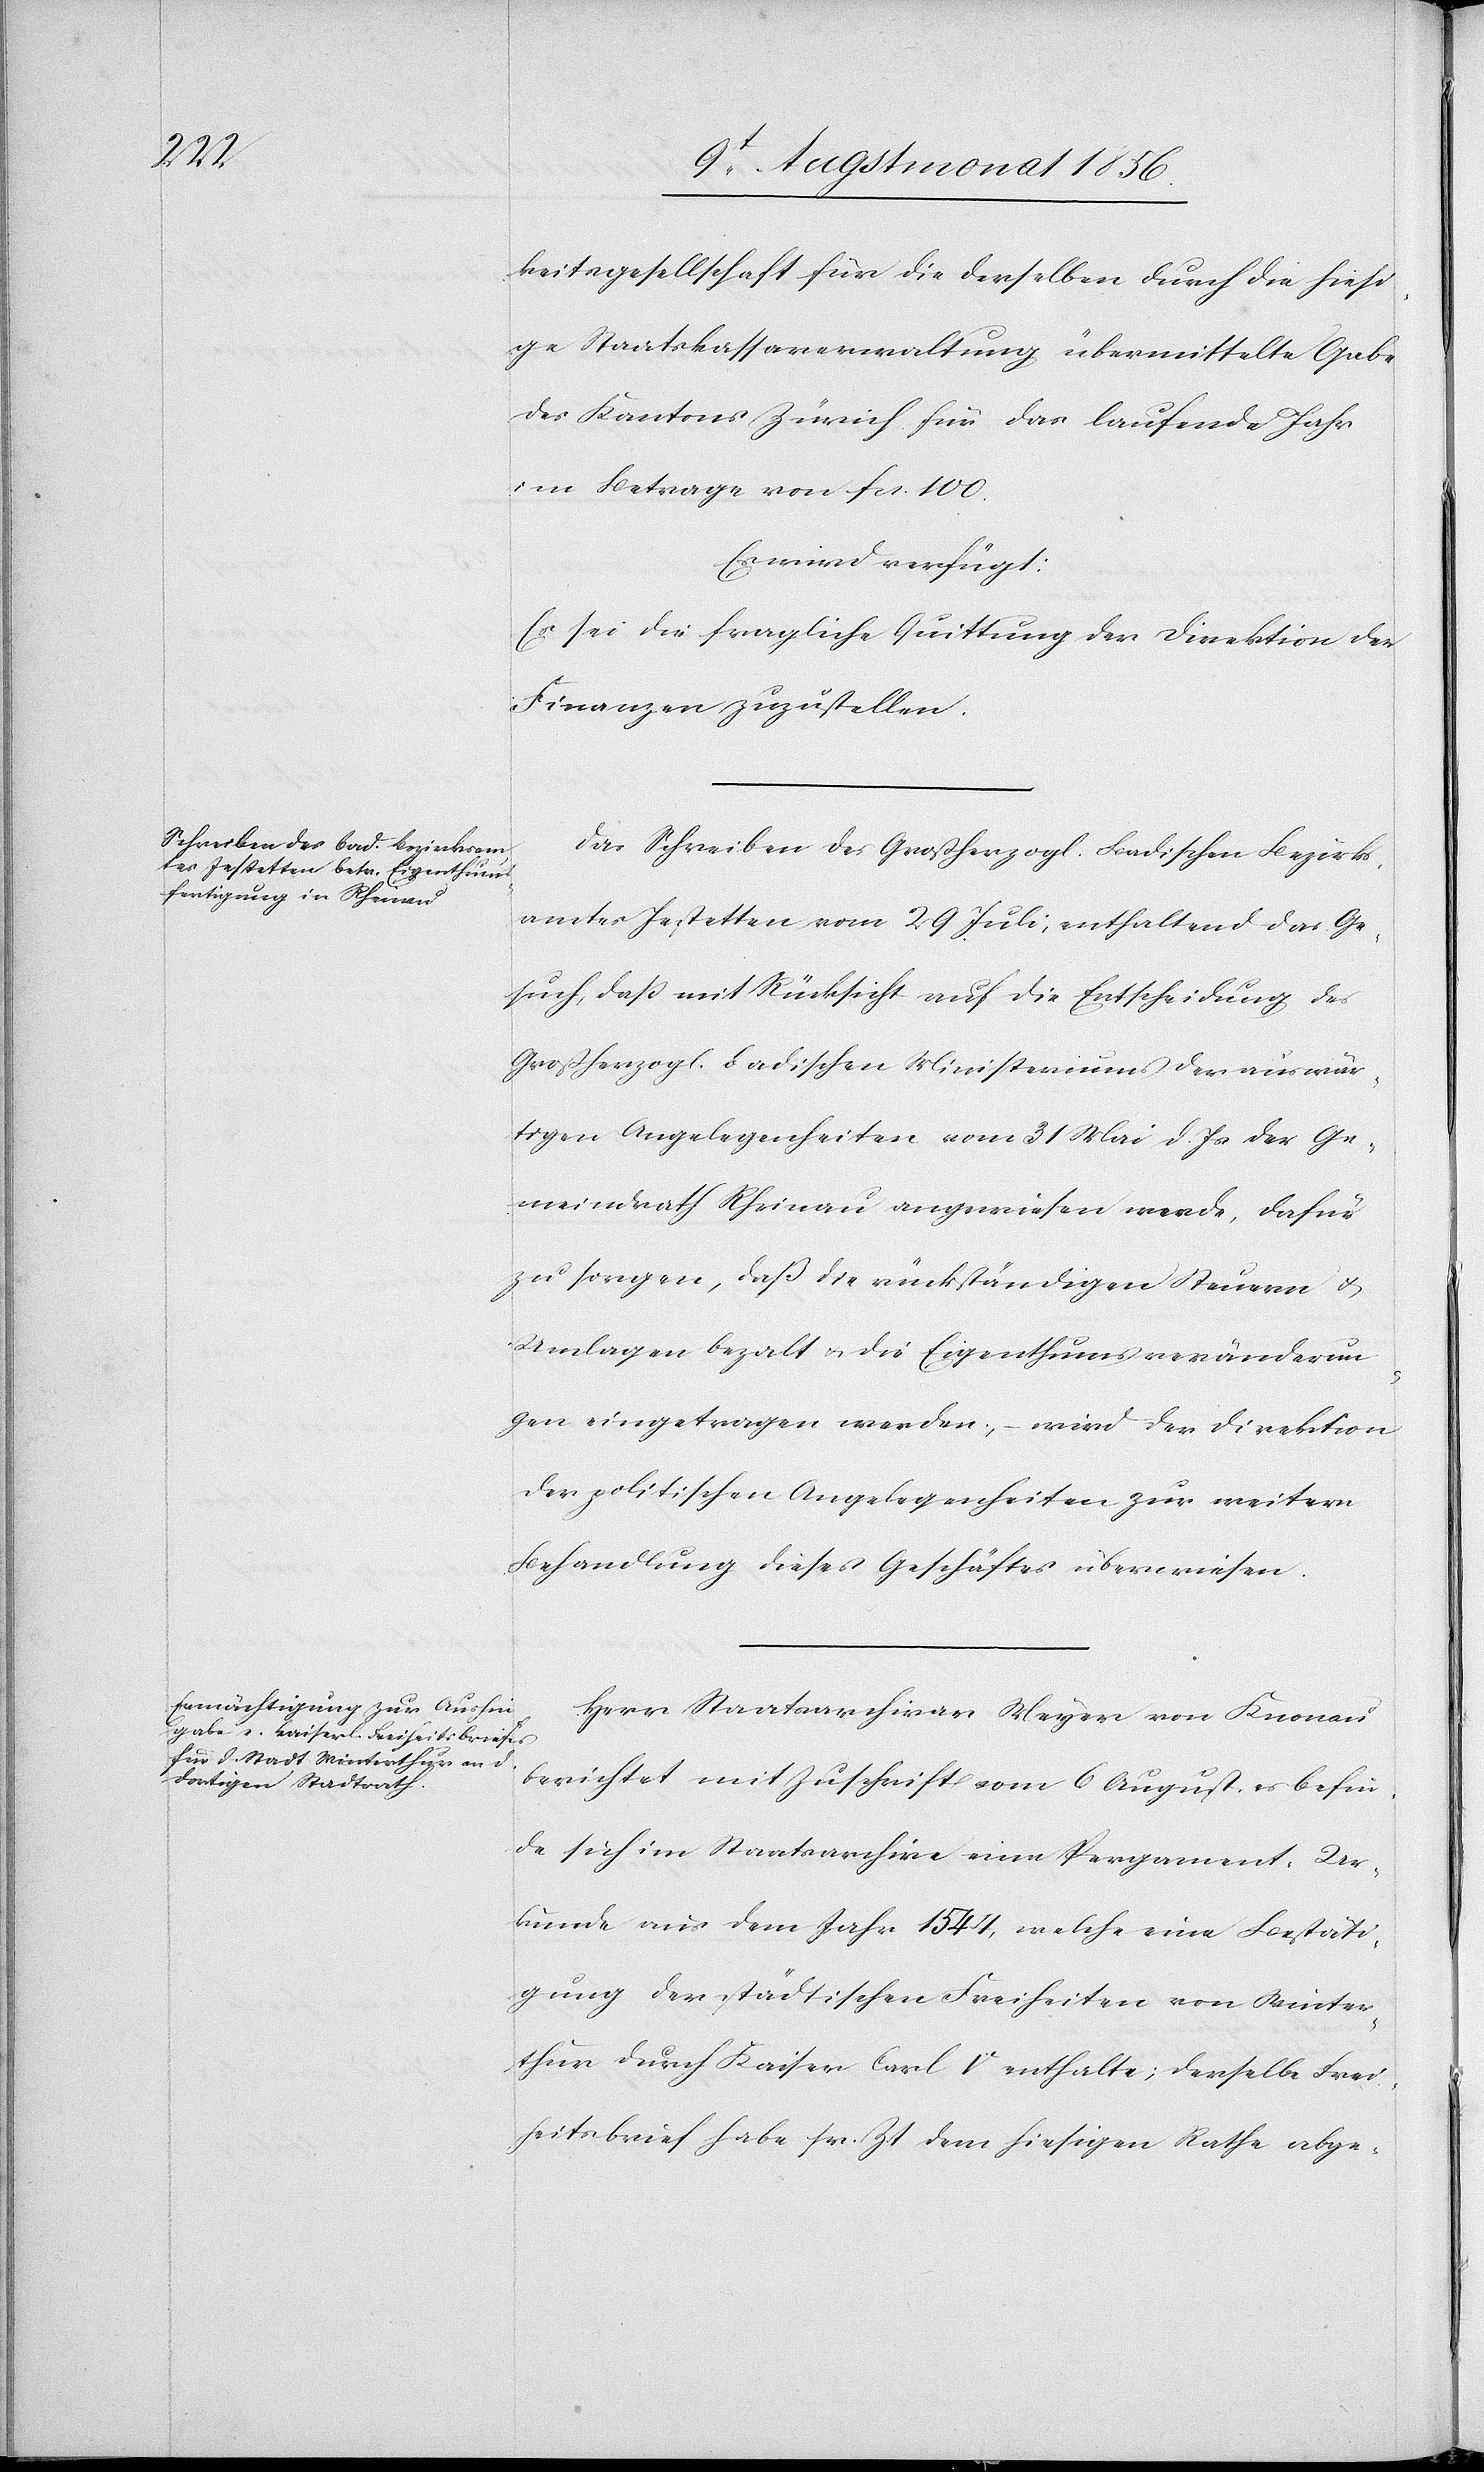
keitsgesellschaft für die derselben durch die hiesi¬
ge Staatskassaverwaltung übermittelte Gabe
des Kantons Zürich für das laufende Jahr
im Betrage von fcs. 100.
Es wird verfügt:
Es sei die fragliche Quittung der Direktion der
Finanzen zuzustellen.
Das Schreiben des Großherzogl. Badischen Bezirks¬
amtes Jestetten vom 29 Juli, enthaltend das Ge¬
such, dass mit Rücksicht auf die Entscheidung des
Großherzogl. badischen Ministeriums der auswär¬
tigen Angelegenheiten vom 31 Mai d. Js der Ge¬
meindrath Rheinau angewiesen werde, dafür
zu sorgen, daß die rückständigen Steuern u.
Umlagen bezalt u. die Eigenthumsveränderun¬
gen eingetragen werden; – wird der Direktion
der politischen Angelegenheiten zur weitern
Behandlung dieses Geschäftes überweisen.
Herr Staatsarchivar Meyer von Knonau
berichtet mit Zuschrift vom 6 August, es befin¬
de sich im Staatsarchive eine Pergament-Ur¬
kunde aus dem Jahr 1544, welche eine Bestäti¬
gung der städtischen Freiheiten von Winter¬
thur durch Kaiser Carl V enthalte; derselbe Frei¬
heitsbrief habe sr. Zt dem hiesigen Rathe abge-